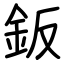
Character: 鈑